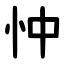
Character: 忡